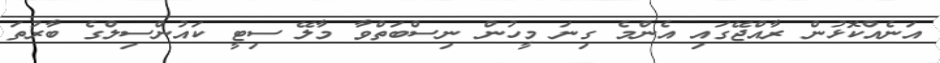
އަނެއްކޮޅުން ރާއްޖޭގައި އެންމެ ގިނަ މީހުން ނިސްބަތްވާ މާލޭ ސިޓީ ކައުންސިލްގެ ބާރުތަ